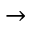
\to